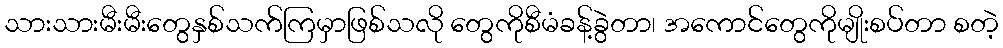
သားသားမီးမီးတွေနှစ်သက်ကြမှာဖြစ်သလို တွေကိုစီမံခန့်ခွဲတာ၊ အကောင်တွေကိုမျိုးစပ်တာ စတဲ့